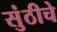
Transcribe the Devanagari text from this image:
सुंठीचे